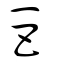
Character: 巨